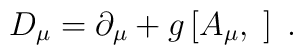
D_\mu =\partial _\mu +g\left[ A_\mu ,\;\right] \;.